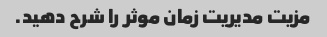
مزیت مدیریت زمان موثر را شرح دهید.